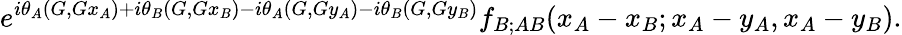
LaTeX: e^{i\theta_{A}(G,Gx_{A})+i\theta_{B}(G,Gx_{B})-i\theta_{A}(G,Gy_{A})-i\theta_{B}(G,Gy_{B})}f_{B;AB}(x_{A}-x_{B};x_{A}-y_{A},x_{A}-y_{B}).